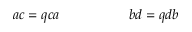
\ \ \ \ \ \ \ a c = q c a \ \ \ \ \ \ \ \ \ \ \ \ \ \ \ b d = q d b